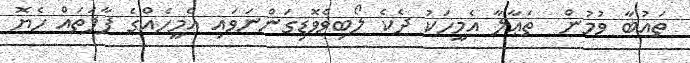
ތައުބާ ވުމުން  ތަޢާލާ އެމީހަކު ދެކެ ލޯބިވެވޮޑިގަންނަވައި އެމީހެއްގެ ފާފަތައް ހެޔޮ